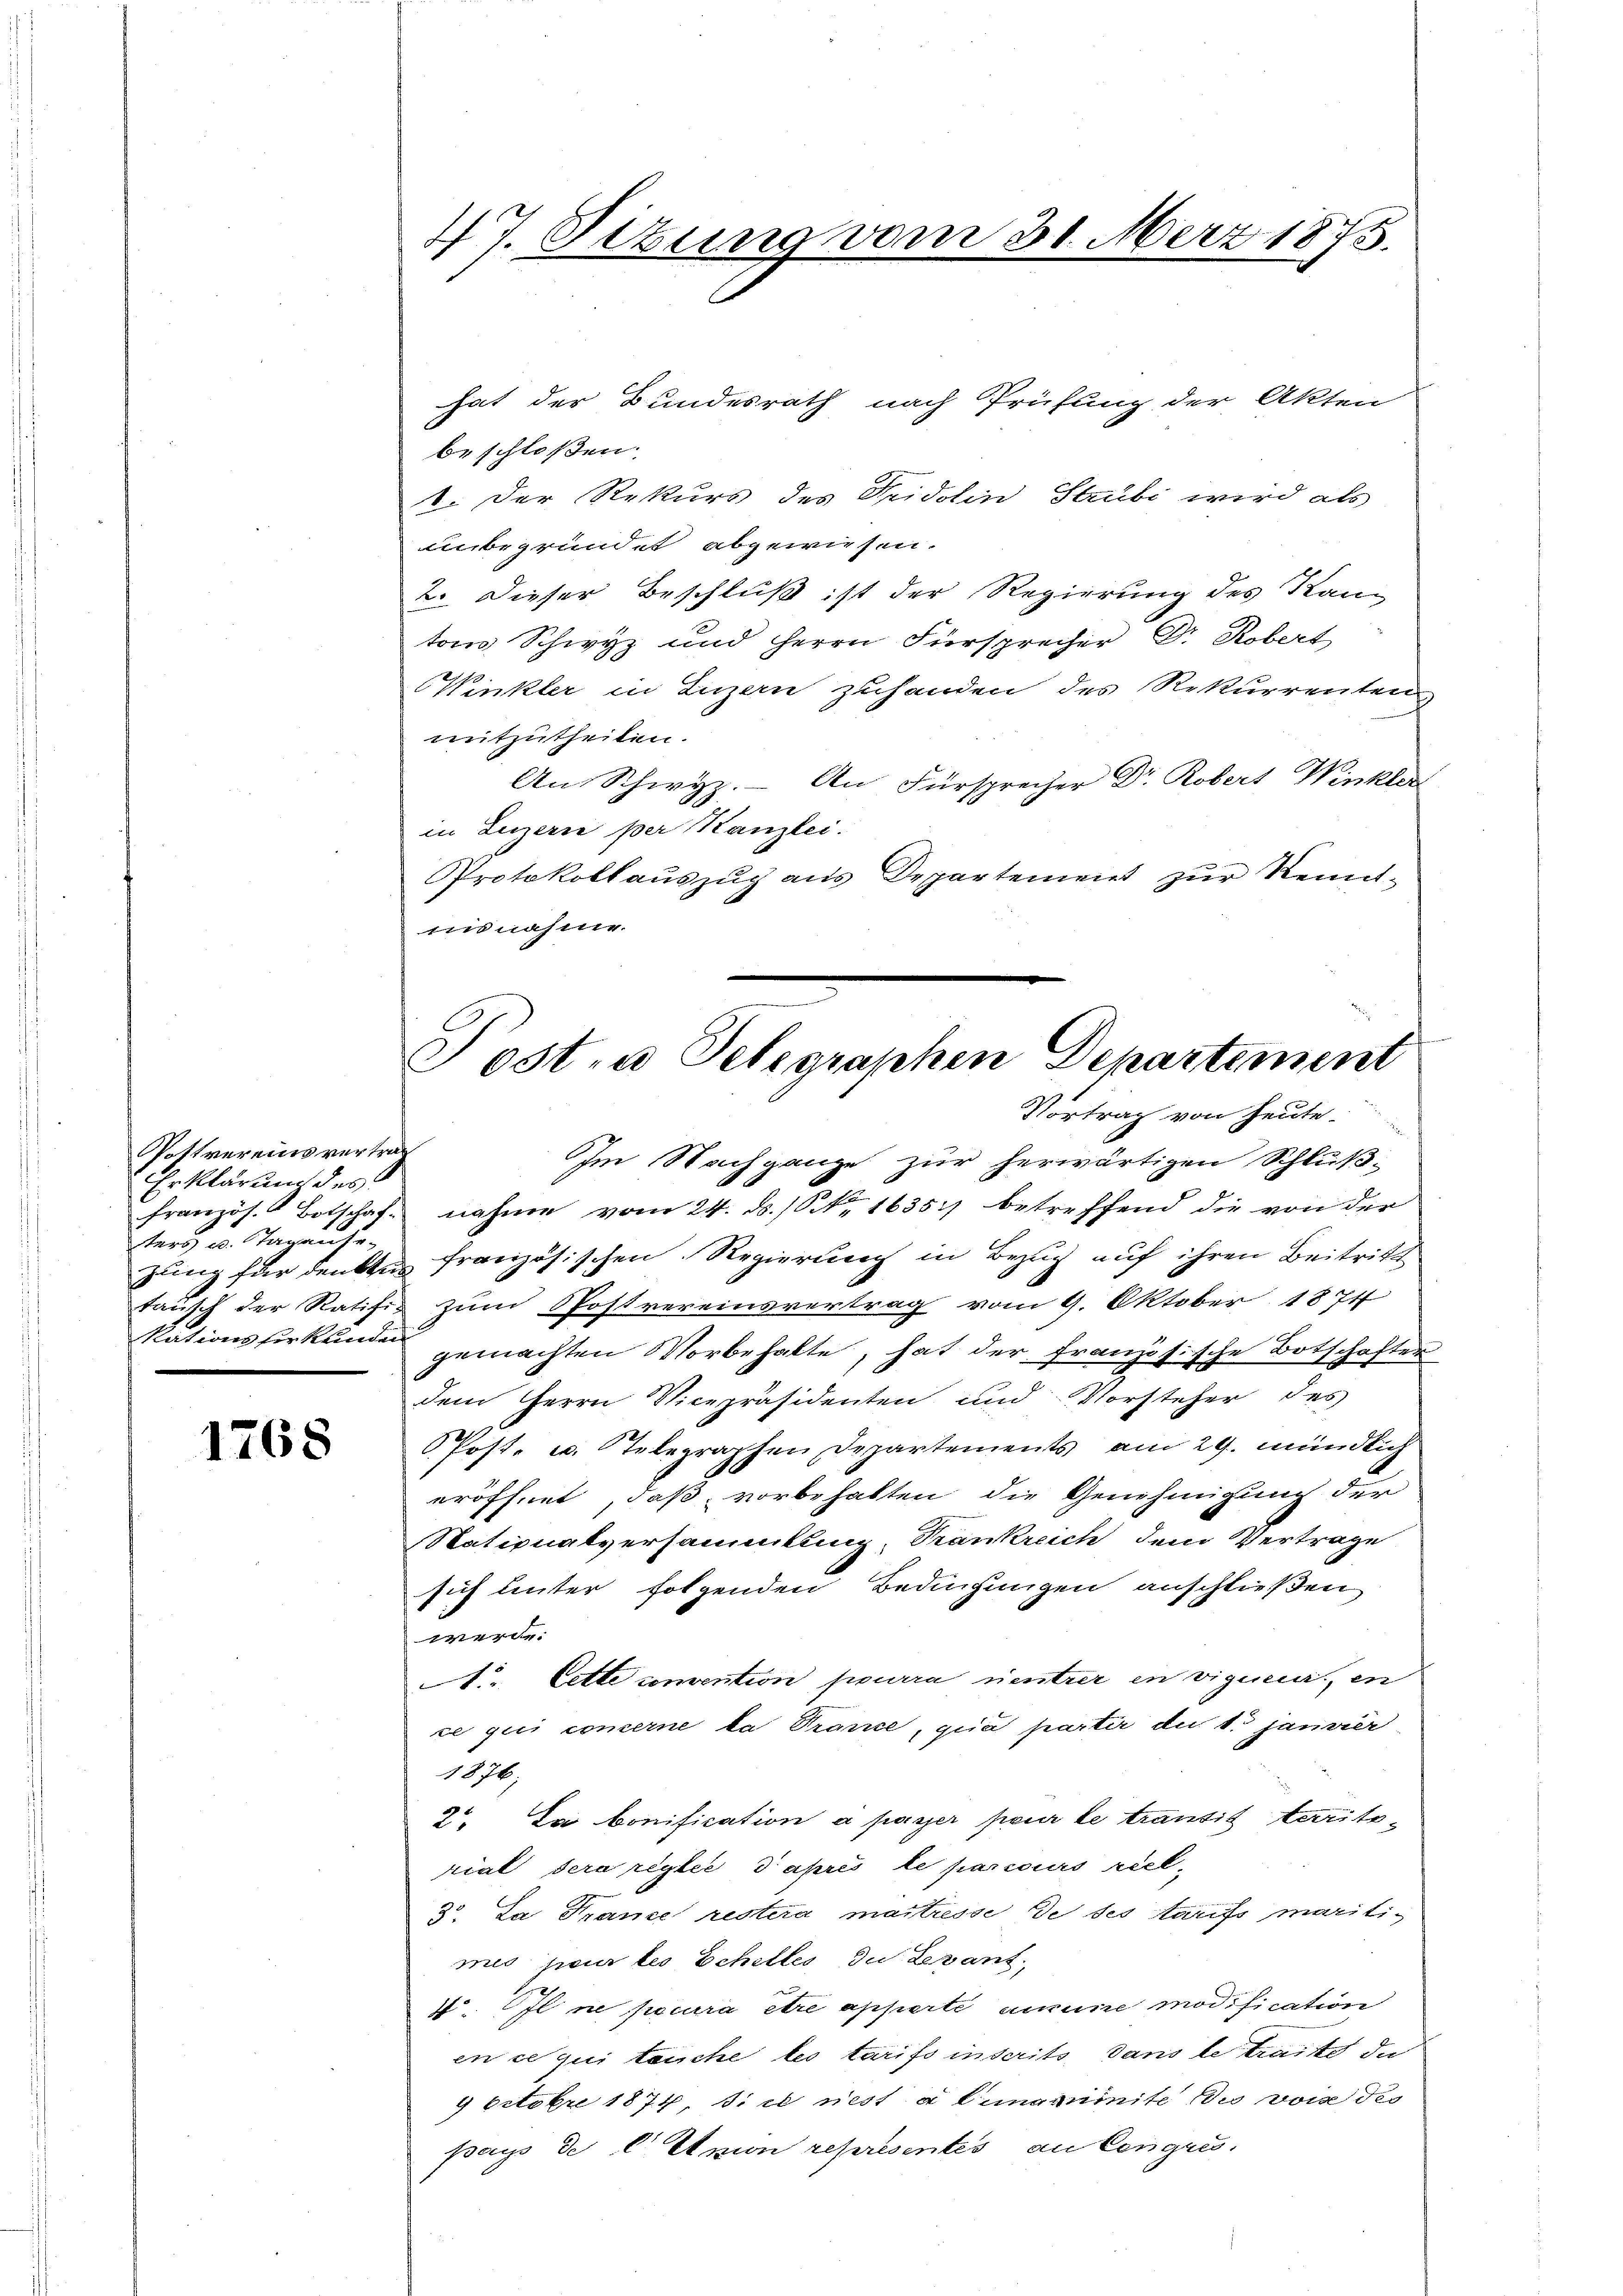
Vottvereins vertrag
Erklärung des
ters u. Taganse-
kationsfürkunden

1768

hat der Bundesrath nach Prüfung der Akten
beschloßen:
1. Der Rekurs des Fridolin Stubi wird als
unbegründet abgewiesen.
2. Dieser Beschluß ist der Regierung des Kanton Schwyz und Herrn Fürsprecher Dr. Robert
Winkler in Luzern zuhanden des Rekurrenten
mitzutheilen.
An Schwyz. An Fürsprecher Dr. Robert Winkler
in Luzern per Kanzlei.
Protokollaŭszŭg aŭs Departement zŭr Kennt-
insnahme.

47. Stzung vom 31. März 1875.

Tosta Telegraphen Departement

Vortrag von heute.
hm Nachgange zur herwärtigen Schluß-
französ. Botschaf nahme vom 24. ds. / S. Nr. 16351) betreffend die von der
gung für denkte französischen Regierung in Bezug auf ihren Beitritt
tausch der Ratific zum Postvereinsvertrag vom 9. Oktober 1874
gemachten Vorbehalte, hat der französische Botschafter
dem Herrn Vicepräsidenten und Vorsteher des
 Post- u. Telegraphen Departements am 29. mündlich
eröffnet, daß vorbehalten die Genehmigung der
Nationalversammlung, Trankreich dem Vertrage
sich unter folgenden Bedingungen anschließen
e
. Cette convention pourra entrer in vigneur, en
ce puis concerne la Trance, qua partir du 1. Janvier
1076.
2o. Da bonification a passer pour le trantis territorial dera réglée d’après le parcours rück¬
3o. Da Franze restera maitresse de ses tarifs maritimis pour les Schilles du Levant
4. Il ne pecura être apperte aucune modification
en ce qui tauche les tarifs inscrits, dans le traite di
4 Octobre 1874. Si ce nest a limanimite de von des
pays de C Union représentes an Cengrus.